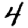
Digit: 4